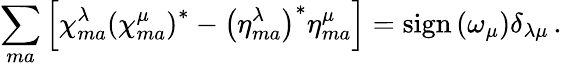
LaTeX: \sum_{ma}\left[\chi_{ma}^{\lambda}\left(\chi_{ma}^{\mu}\right)^{*}-\left(\eta_{ma}^{\lambda}\right)^{*}\eta_{ma}^{\mu}\right]=\mathrm{sign}\left(\omega_{\mu}\right)\delta_{\lambda\mu}\, .